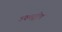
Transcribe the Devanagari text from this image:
उपमद्वीप